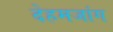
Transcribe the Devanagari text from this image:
देहमजांग